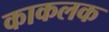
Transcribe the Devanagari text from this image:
काकलक